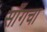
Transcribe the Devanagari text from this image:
साँगचा